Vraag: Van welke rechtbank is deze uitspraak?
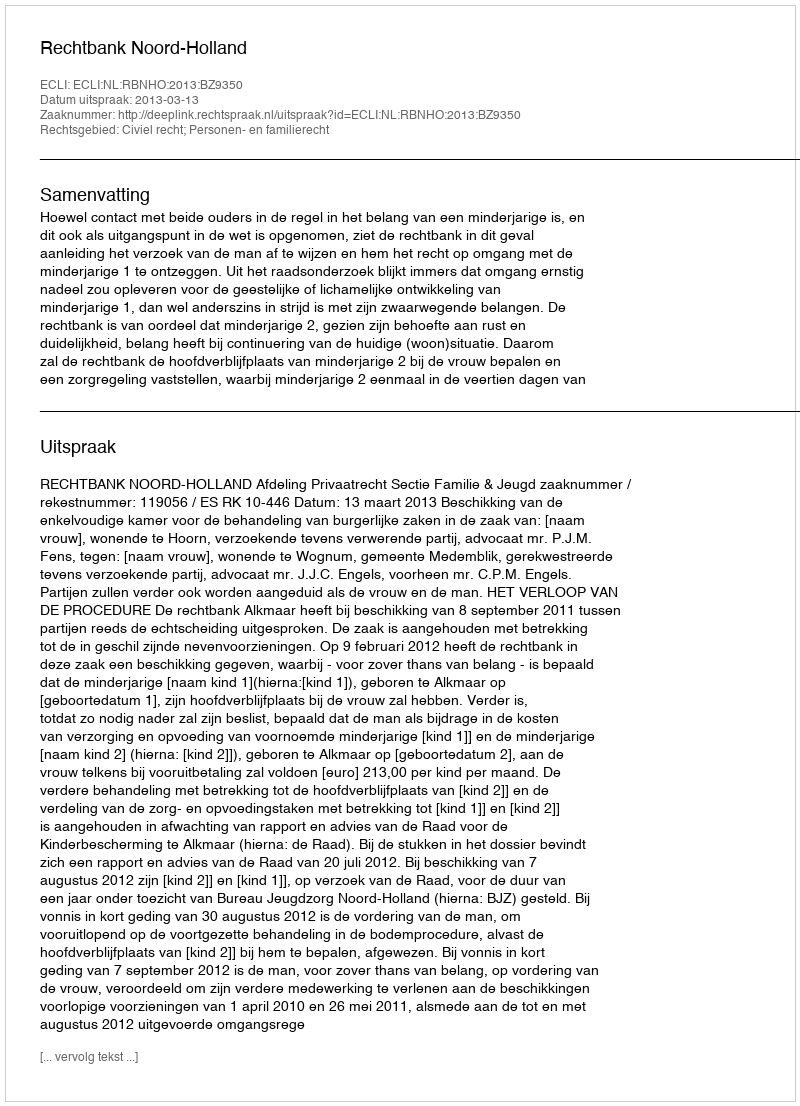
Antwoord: Rechtbank Noord-Holland